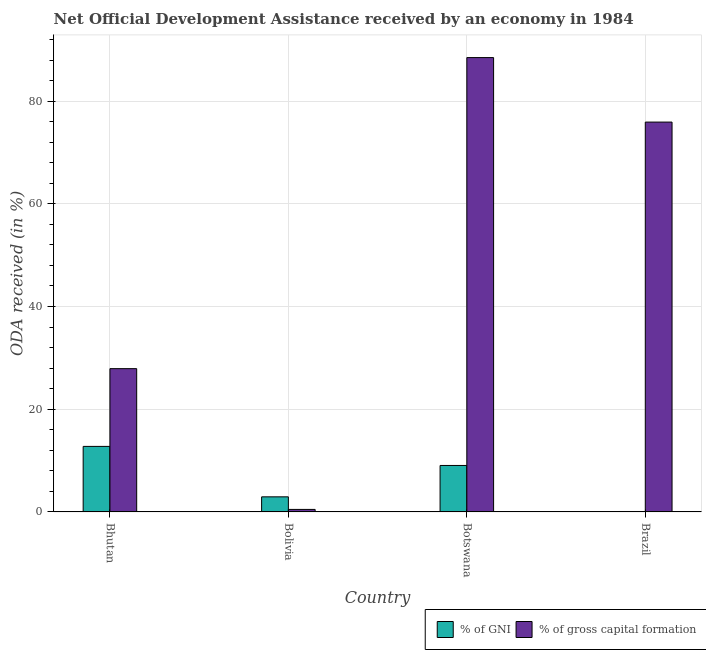
| Country | % of GNI | % of gross capital formation |
 | --- | --- | --- |
 | Bhutan | 12.8 | 27.9 |
 | Bolivia | 2.93 | 0.487 |
 | Botswana | 9.05 | 88.5 |
 | Brazil | 0.0813 | 75.9 |